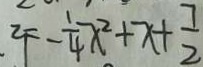
2 F - \frac { 1 } { 4 } x ^ { 2 } + x + \frac { 7 } { 2 }